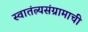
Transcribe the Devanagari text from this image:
स्वातंत्र्यसंग्रामाची